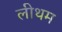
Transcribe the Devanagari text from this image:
लीथम